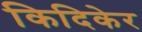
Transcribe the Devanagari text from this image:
किदिकेर